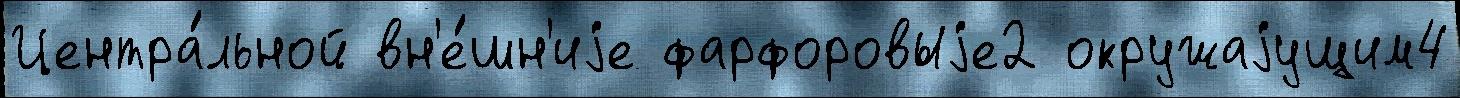
Центра́льной вн'е́шн'иjе фарфоровыjе2 окружаjущим4